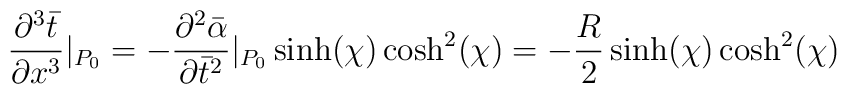
\frac{\partial^3\bar{t}}{\partial x^3}|_{P_0} = -\frac{\partial^2\bar{\alpha}}{\partial \bar{t}^2}|_{P_0} \sinh(\chi)\cosh^2(\chi) = - \frac{R}{2}\sinh(\chi) \cosh^2(\chi)